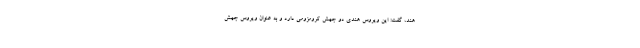
هند، گفت: این ویروس هندی دو جهش کرومزومی دارد و به عنوان ویروس جهش